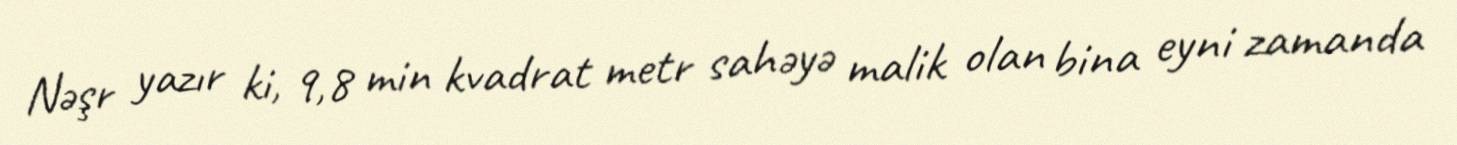
Nəşr yazır ki, 9,8 min kvadrat metr sahəyə malik olan bina eyni zamanda